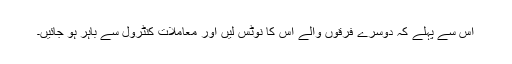
اس سے پہلے کہ دوسرے فرقوں والے اس کا نوٹس لیں اور معاملات کنٹرول سے باہر ہو جائیں۔